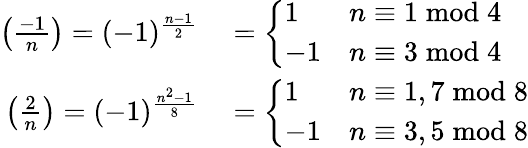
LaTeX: \begin{array}{rl}{\left({\frac{-1}{n}}\right)=(-1)^{\frac{n-1}{2}}}&{{}={\left\{ \begin{array}{ll}{1}&{n\equiv 1{\bmod{4}}}\\ {-1}&{n\equiv 3{\bmod{4}}}\end{array}\right.}}\\ {\left({\frac{2}{n}}\right)=(-1)^{\frac{n^{2}-1}{8}}}&{{}={\left\{ \begin{array}{ll}{1}&{n\equiv 1,7{\bmod{8}}}\\ {-1}&{n\equiv 3,5{\bmod{8}}}\end{array}\right.}}\end{array}